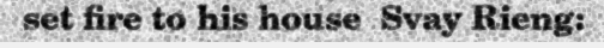
set fire to his house  Svay Rieng: